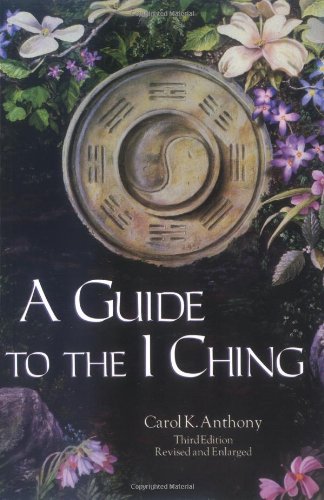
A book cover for A Guide to the I Ching; Carol K. Anthony; Religion & Spirituality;